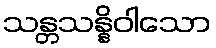
သန္တသန္နိဝါသော